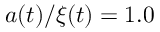
a ( t ) / \xi ( t ) = 1 . 0